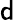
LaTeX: {\sf d}